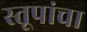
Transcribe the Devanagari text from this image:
स्तूपांचा